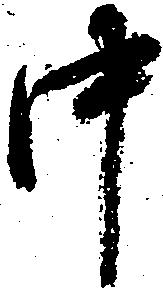
中